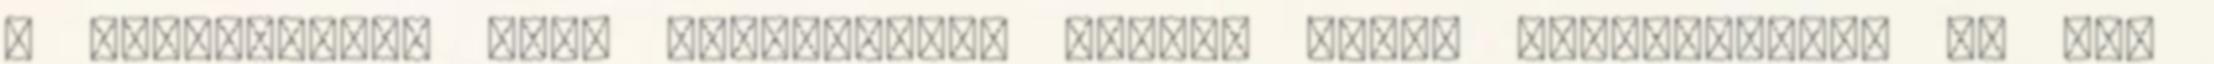
a felhasznált klór mennyiségét 75%-al tudod csökkenteni. Ha nem